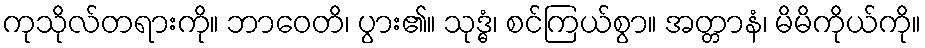
ကုသိုလ်တရားကို။ ဘာဝေတိ၊ ပွား၏။ သုဒ္ဓံ၊ စင်ကြယ်စွာ။ အတ္တာနံ၊ မိမိကိုယ်ကို။